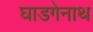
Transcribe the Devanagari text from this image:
घाडगेनाथ